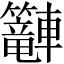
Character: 𲄿